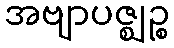
အဗျာပဇ္ဈဉ္စ